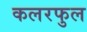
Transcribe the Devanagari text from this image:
कलरफुल